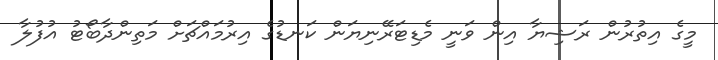
މީގެ އިތުރުން ރަޝިޔާ އިން ވަނީ މެޑިޓަރޭނިޔަން ކަނޑުގެ އިރުމައްޗަށް މަތިންދާބޯޓު އުފުލާ